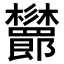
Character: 𣡨